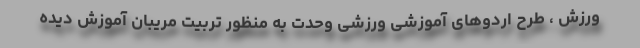
ورزش ، طرح اردوهای آموزشی ورزشی وحدت به منظور تربیت مریبان آموزش دیده